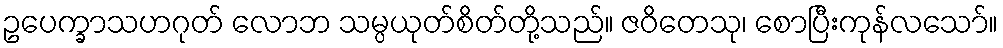
ဥပေက္ခာသဟဂုတ် လောဘ သမ္ပယုတ်စိတ်တို့သည်။ ဇဝိတေသု၊ စောပြီးကုန်လသော်။